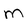
Character: m